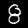
Label: 8